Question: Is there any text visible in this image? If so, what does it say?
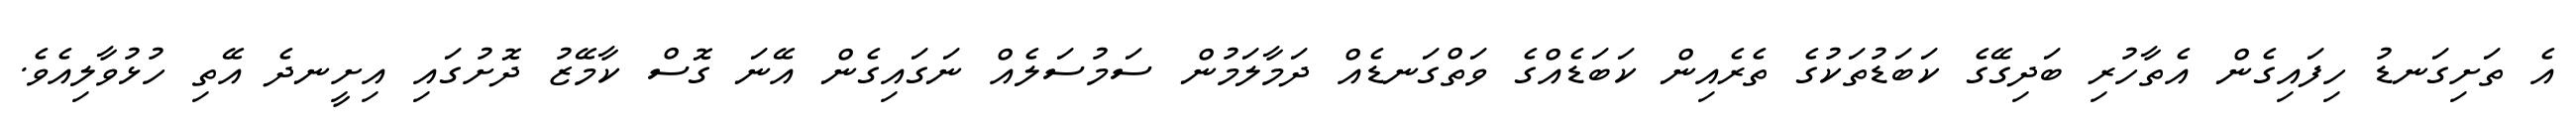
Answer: އެ ތަށިގަނޑު ހިފައިގެން އެތާހުރި ބަދިގޭގެ ކަބަޑުތަކުގެ ތެރެއިން ކަބަޑެއްގެ ވަތްގަނޑެއް ދަމާލަމުން ސަމުސަލެއް ނަގައިގެން އޭނަ ގޮސް ކާމޭޒު ދޮށުގައި އިށީނދެ އޭތި ހުޅުވާލިއެވެ.